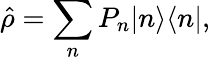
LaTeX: \hat{\rho}=\sum_{n}P_{n}|n\rangle\langle n|,